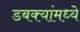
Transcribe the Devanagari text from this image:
डबक्यांमध्ये